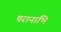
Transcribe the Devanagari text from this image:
परानाभि